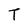
Character: T